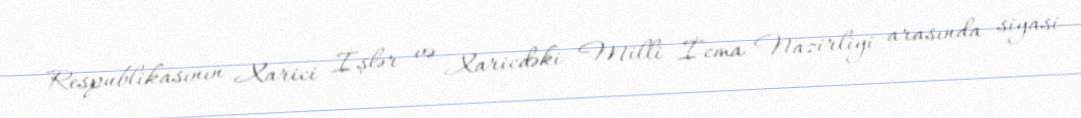
Respublikasının Xarici İşlər və Xaricdəki Milli İcma Nazirliyi arasında siyasi